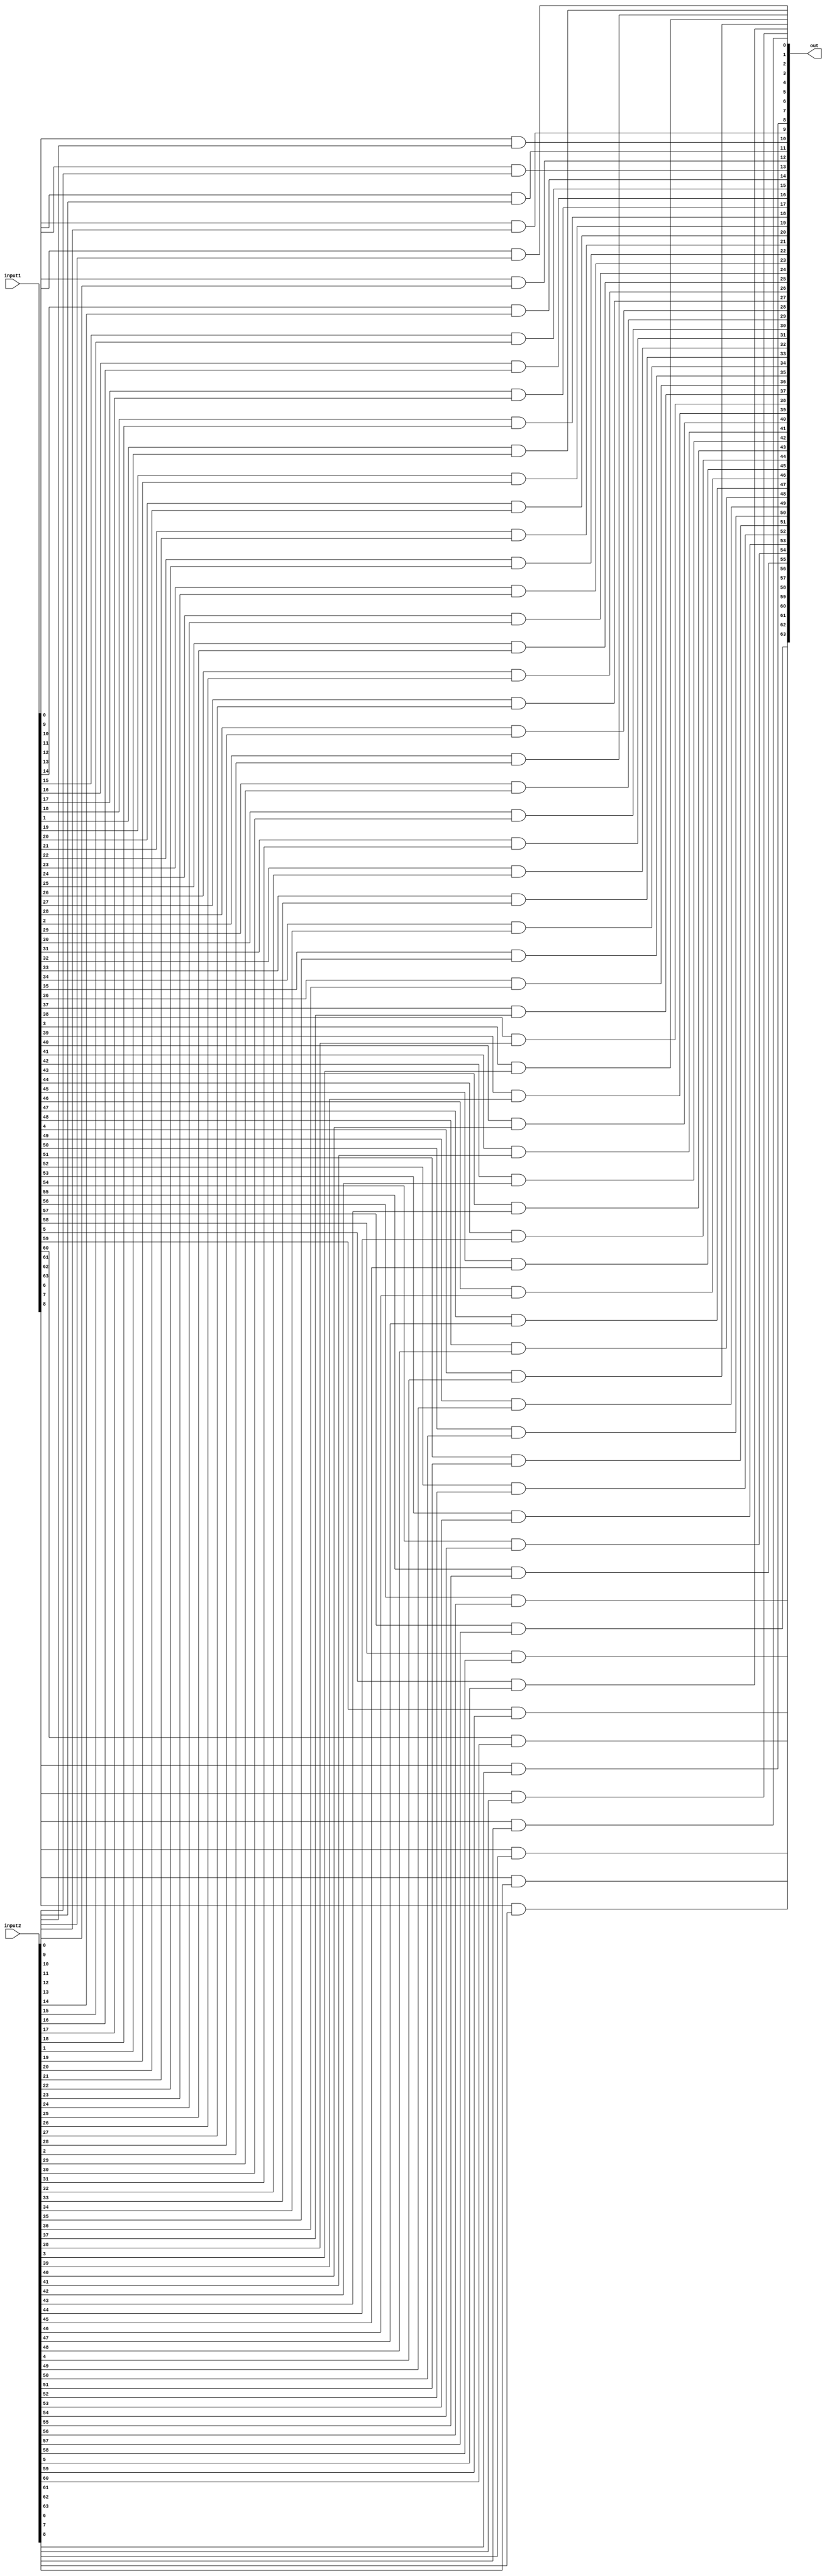
//IPA Assignment 1
//VHDL Code for AND Operation
module AND(input1,input2,out);
input [63:0] input1,input2;
output [63:0] out;
genvar i;
generate
for(i=0;i<64;i=i+1)
begin: generate_AND
and f(out[i],input1[i],input2[i]);
end
endgenerate
endmodule